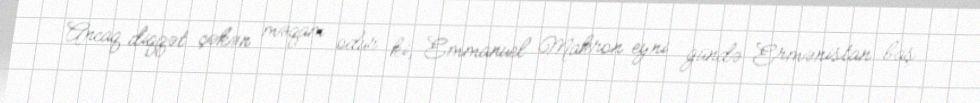
Ancaq diqqət çəkən məqam odur ki, Emmanuel Makron eyni gündə Ermənistan baş